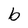
Character: b